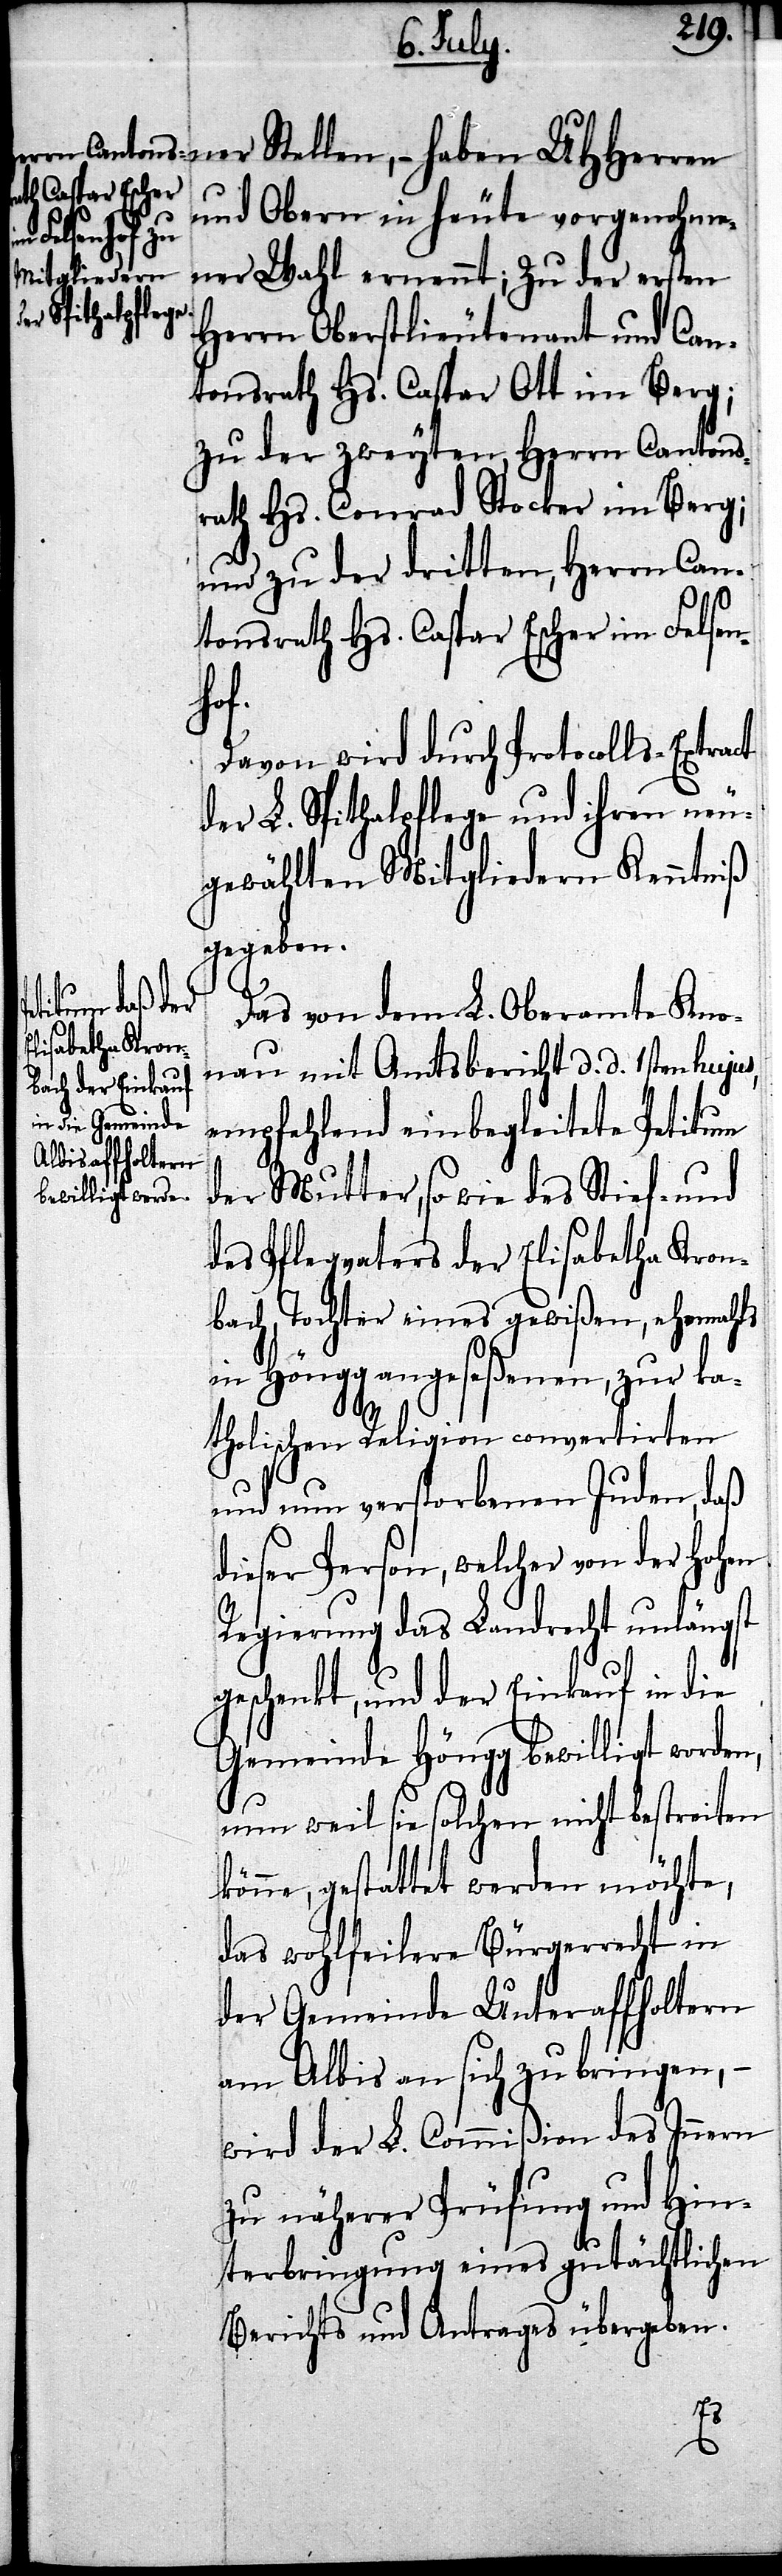
ner Stellen, – haben UHHerren
und Obern in heute vorgenohme¬
ner Wahl ernennt; Zu der ersten
Herrn Oberstlieutenant und Can¬
tonsrath Hs. Caspar Ott im Berg;
zu der zweyten, Herrn Cantons¬
rath Hs. Conrad Stocker im Berg;
und zu der dritten, Herrn Can¬
tonsrath Hs. Caspar Escher im Felsen¬
k¬
Davon wird durch Protocolls-Extract
der L. Spithalpflege und ihren neu¬
gewählten Mitgliedern Kenntniß
gegeben.
Das von dem L. Oberamte Kno¬
nau mit Amtsbericht d. d. 1sten hujus,
empfehlend einbegleitete Petitum
der Mutter, so wie des Stief- und
des Pflegevaters der Elisabetha Kron¬
bach, Tochter eines gewißen, ehemahls
in Höngg angeseßenen, zu ka¬
tholischen Religion convertirten
und nun verstorbenen Juden, daß
dieser Person, welcher von der Hohen
Regierung das Landrecht unlängst
geschenkt, und der Einkauf in die
Gemeinde Höngg bewilligt worden,
nun weil sie solchen nicht bestreiten
önne, gestattet werden möchte,
das wohlfeilere Bürgerrecht in
der Gemeinde Unteraffholtern
am Albis an sich zu bringen, –
wird der L. Commißion des Innern
zu näherer Prüfung und Hin¬
terbringung eines gutächtlichen
Berichts und Antrags übergeben.